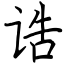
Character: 诰